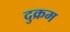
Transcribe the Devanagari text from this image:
दुक्रम